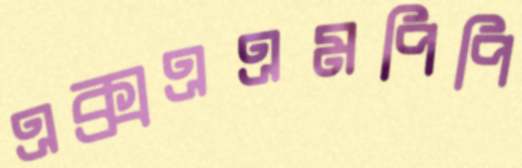
এক্সএএমপিপি